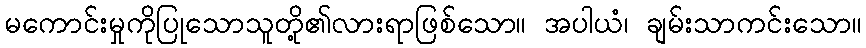
မကောင်းမှုကိုပြုသောသူတို့၏လားရာဖြစ်သော။ အပါယံ၊ ချမ်းသာကင်းသော။